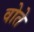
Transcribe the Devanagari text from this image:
वोते